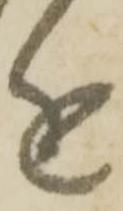
近